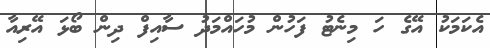
އެކަމަކު އޭގެ ހަ މިނެޓު ފަހުން މުހައްމަދު ސާއިފް ދިން ބޯޅަ އޭރިއާ